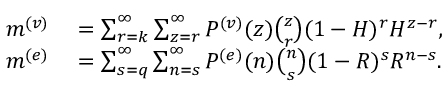
\begin{array} { r l } { m ^ { ( v ) } } & { { } = \sum _ { r = k } ^ { \infty } \sum _ { z = r } ^ { \infty } P ^ { ( v ) } ( z ) \binom { z } { r } ( 1 - H ) ^ { r } H ^ { z - r } , } \\ { m ^ { ( e ) } } & { { } = \sum _ { s = q } ^ { \infty } \sum _ { n = s } ^ { \infty } P ^ { ( e ) } ( n ) \binom { n } { s } ( 1 - R ) ^ { s } R ^ { n - s } . } \end{array}